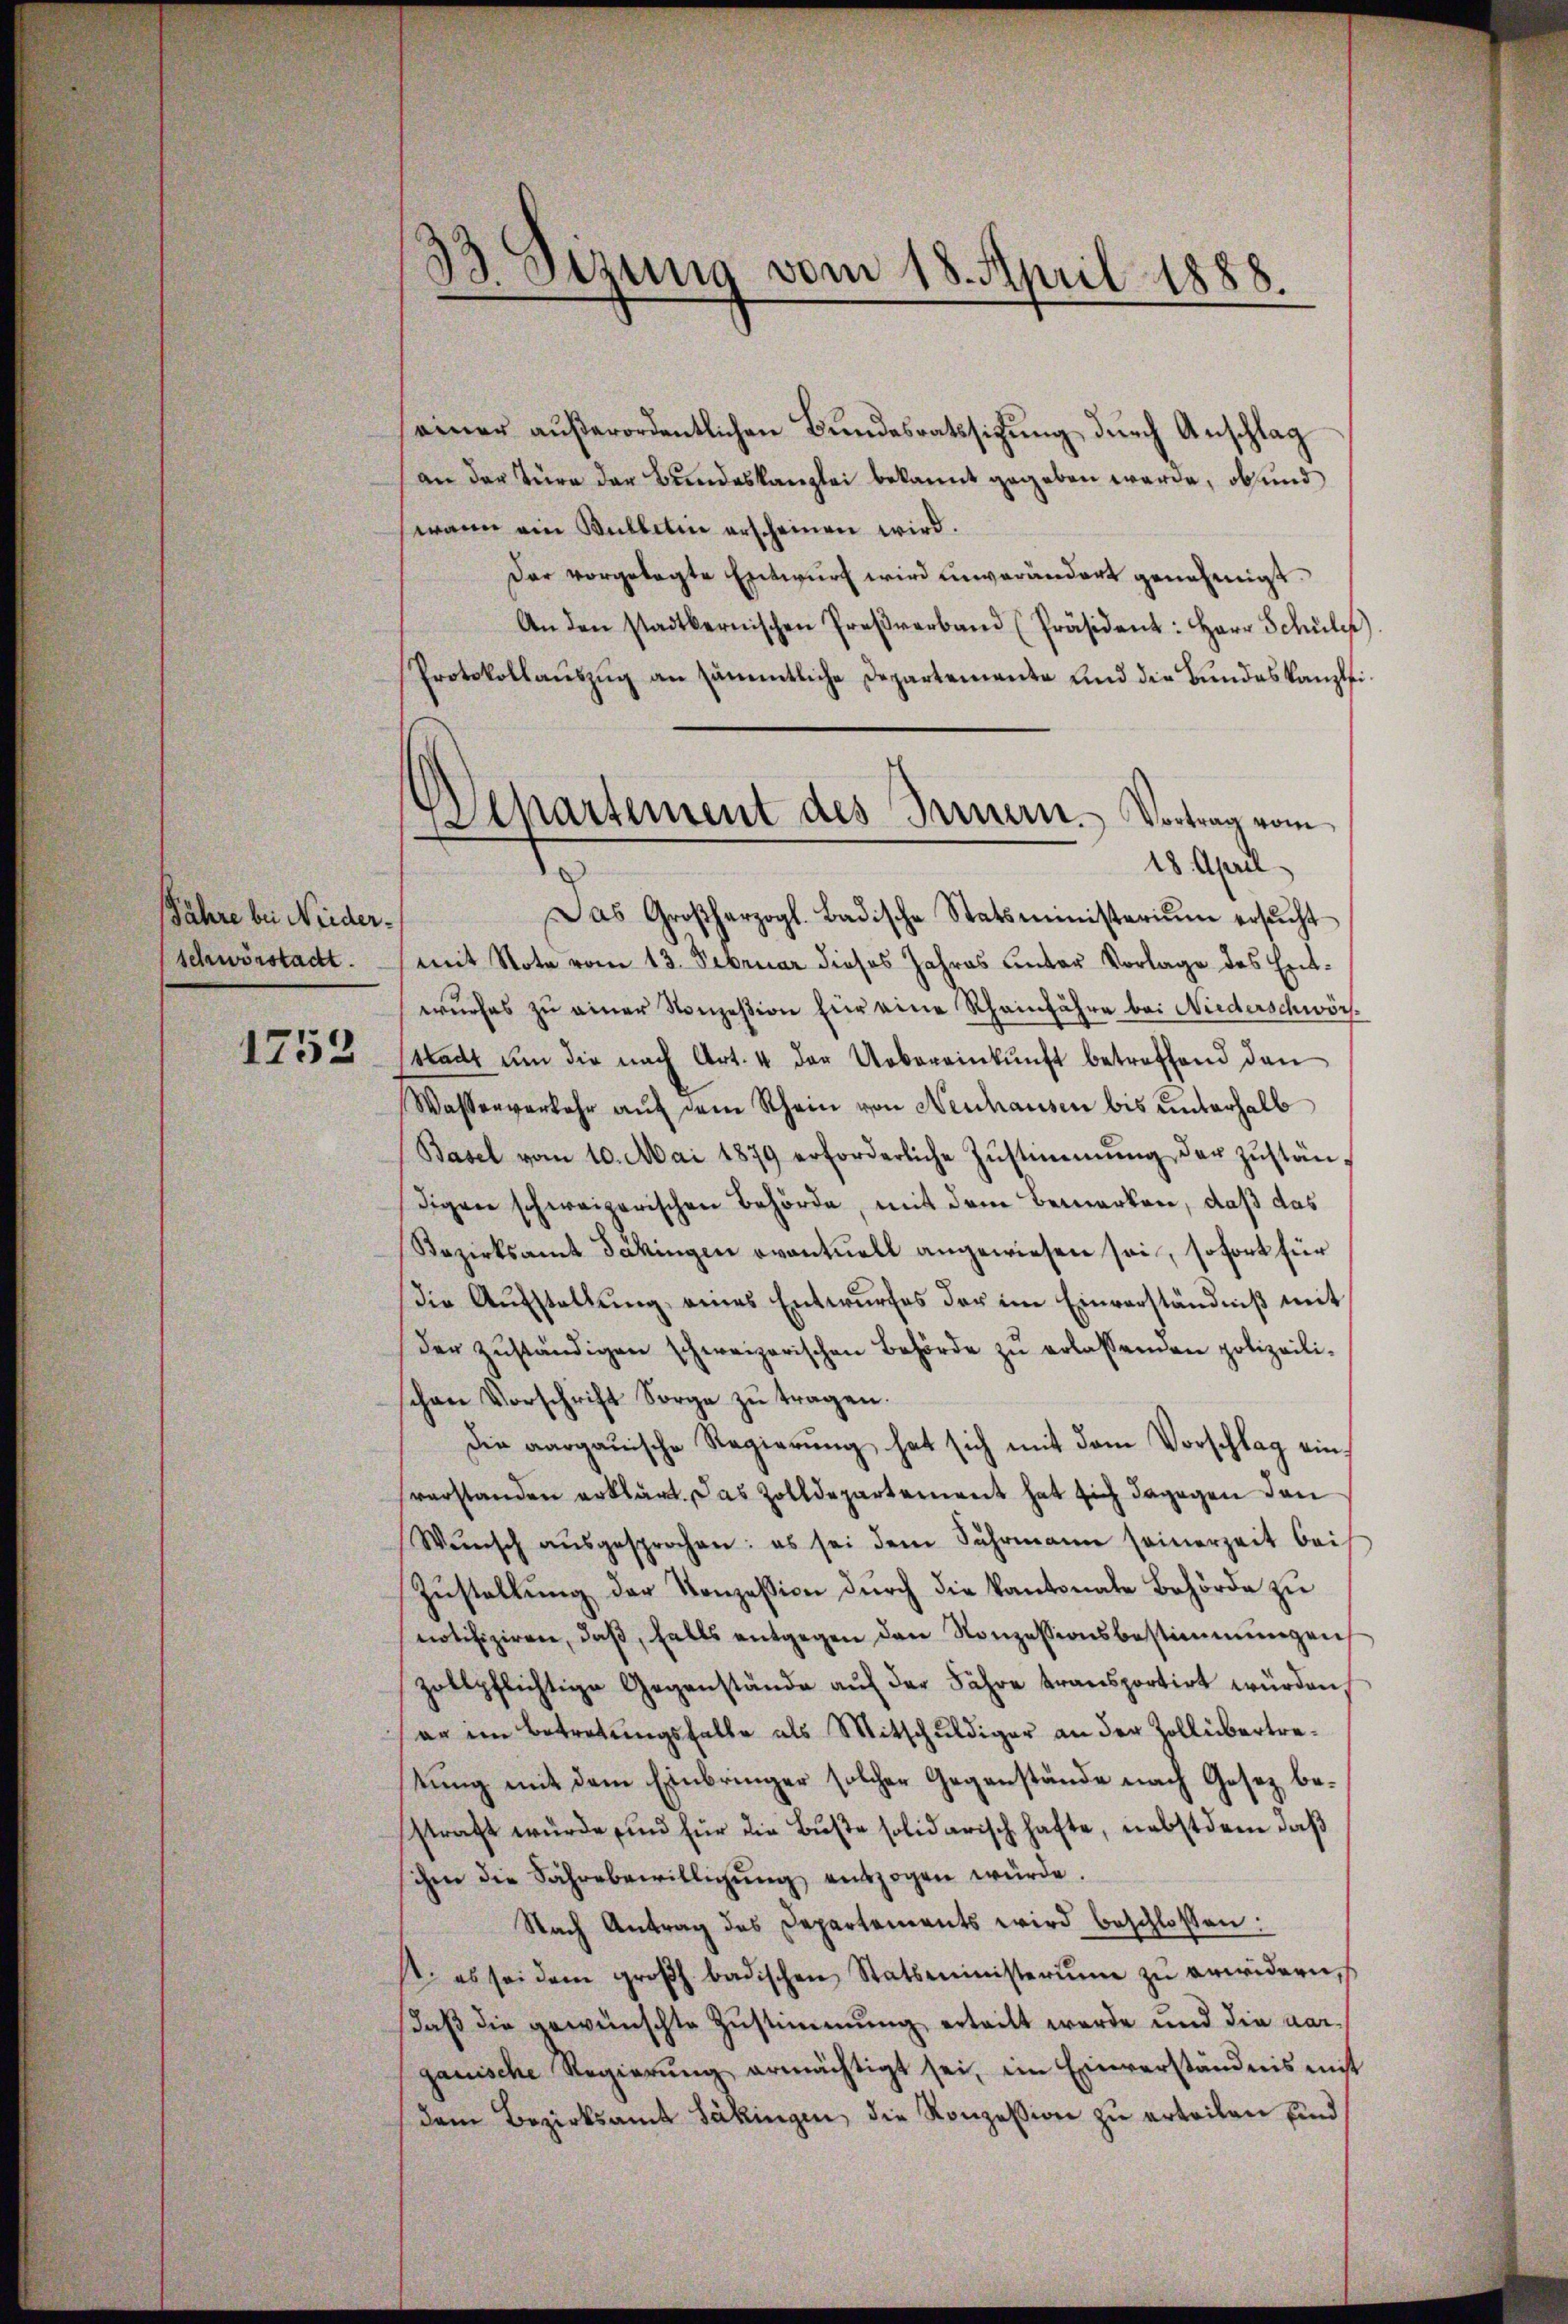
Jahre bei Niederschwörstadt.

1752

33. Sizung vom 18. April 1888.

Departement des Innern. Vortrag vom
18. April.

einer außerordentlichen Bundesrathssitzung durch Anschlag
an der Türe der Bundeskanzlei bekannt gegeben werde, ob und
wann ein Willetin erscheinen wird.
dar vorgelegte Entwurf wird unverändert genehmigt.
An den stadtbernischen Preβverband (Präsident: Herr Schule).
Protokollaŭszŭg an sämmtliche Departemente und die Bundeskanzlei¬
Das Großherzogl. Badische Statsministeriŭm ersŭcht
mit Note vom 13. Februar dieses Jahres unter Vorlage des Entwŭrfes zŭ einer Konzesion für eine Rheinfahre bei Niederschwör
stadt ŭm die nach Art. 4 der Uebereinkunft betreffend den
Wassenverkehr auf dem Rhein von Neuhausen bis unterhalb
Basel vom 10. Mai 1879 erforderliche Zŭstimmung der zŭstän-
digen schweizerischen Behörde, mit dem Bemerken, daß das
Bezirksamt Säkingen eventuell angewiesen sei, sofort für
die Aŭfstellŭng eines Entwŭrfes der im Einverständniβ mit
der zŭständigen schweizerischen Behörde zŭ erlassenden polizeilischen Vorschrift Sorge zu tragen.
Die aargauische Regierŭng hat sich mit dem Vorschlag einverstanden erklärt. Das Zolldepartement hat sich dagegen den
Wŭnsch aŭsgesprochen: es sei dem Suhrmann seinerzeit bei
Zustellung der Konzession durch die kantonale Behörde zu
notifiziren, daβ, falls entgegen den Konzessionsbestimmungen
zollpflichtige Gegenstände auf der Fähre transportirt würden,
an im Betretungsfalle als Mitschuldiger an der Zollübertretung mit dem Einbringer solcher Gegenstände nach Gesez bestraft würde, und für die Buße solidarisch hafte, nebstdem daß
sichen die Fährebewilligŭng entzogen würde.
Nach Antrag des Departements wird beschlossen:
1. es sei dem groβ badischen Statsministerim zŭ erwidern,
daß die gewünschte Zustimmung erteilt werde und die aarganische Regierŭng ermächtigt sei, im Einverständnis mit
dem Bezirksamt Säkingen, die Konzession zu erteilen sind